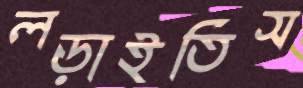
লড়াইতিস